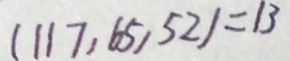
( 1 1 7 , 6 5 , 5 2 ) = 1 3